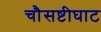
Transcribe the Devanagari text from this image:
चौसष्टीघाट